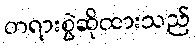
တရားစွဲဆိုထားသည်